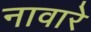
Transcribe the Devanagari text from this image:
नावारे